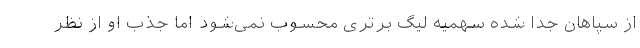
از سپاهان جدا شده سهمیه لیگ برتری محسوب نمی‌شود اما جذب او از نظر